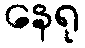
နေရု